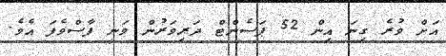
އަށް ވުރެ ގިނަ އިން 52 ޕަސެންޓް ދަރިވަރުން ވަނީ ފާސްވެފަ އެވެ.